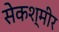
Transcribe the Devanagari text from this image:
सेकश्मीर